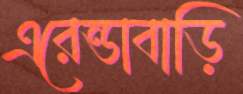
এরেন্ডাবাড়ি